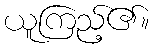
ယူကြည့်၏။